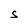
Character: S